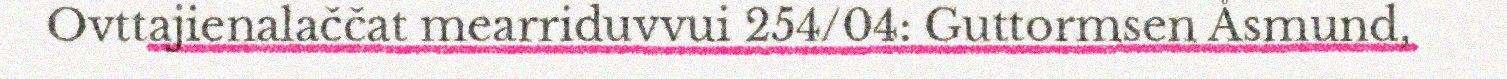
Ovttajienalaččat mearriduvvui 254/04: Guttormsen Åsmund,